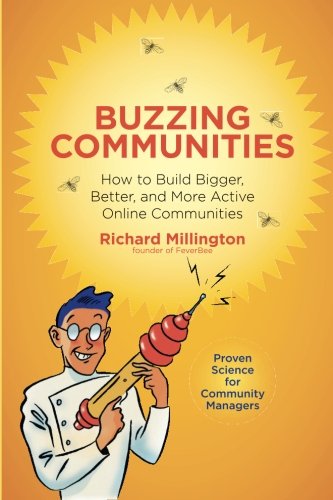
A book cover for Buzzing Communities: How to Build Bigger, Better, and More Active Online Communities; Richard Millington; Computers & Technology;